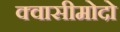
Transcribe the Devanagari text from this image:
क्वासीमोदो